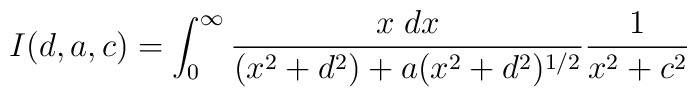
I(d,a,c) = \int_{0}^{\infty} {x \; dx \over (x^2+d^2) +a(x^2+d^2)^{1/2}}{1 \over x^2 +c^2}